Kambja_algkool, lk 64
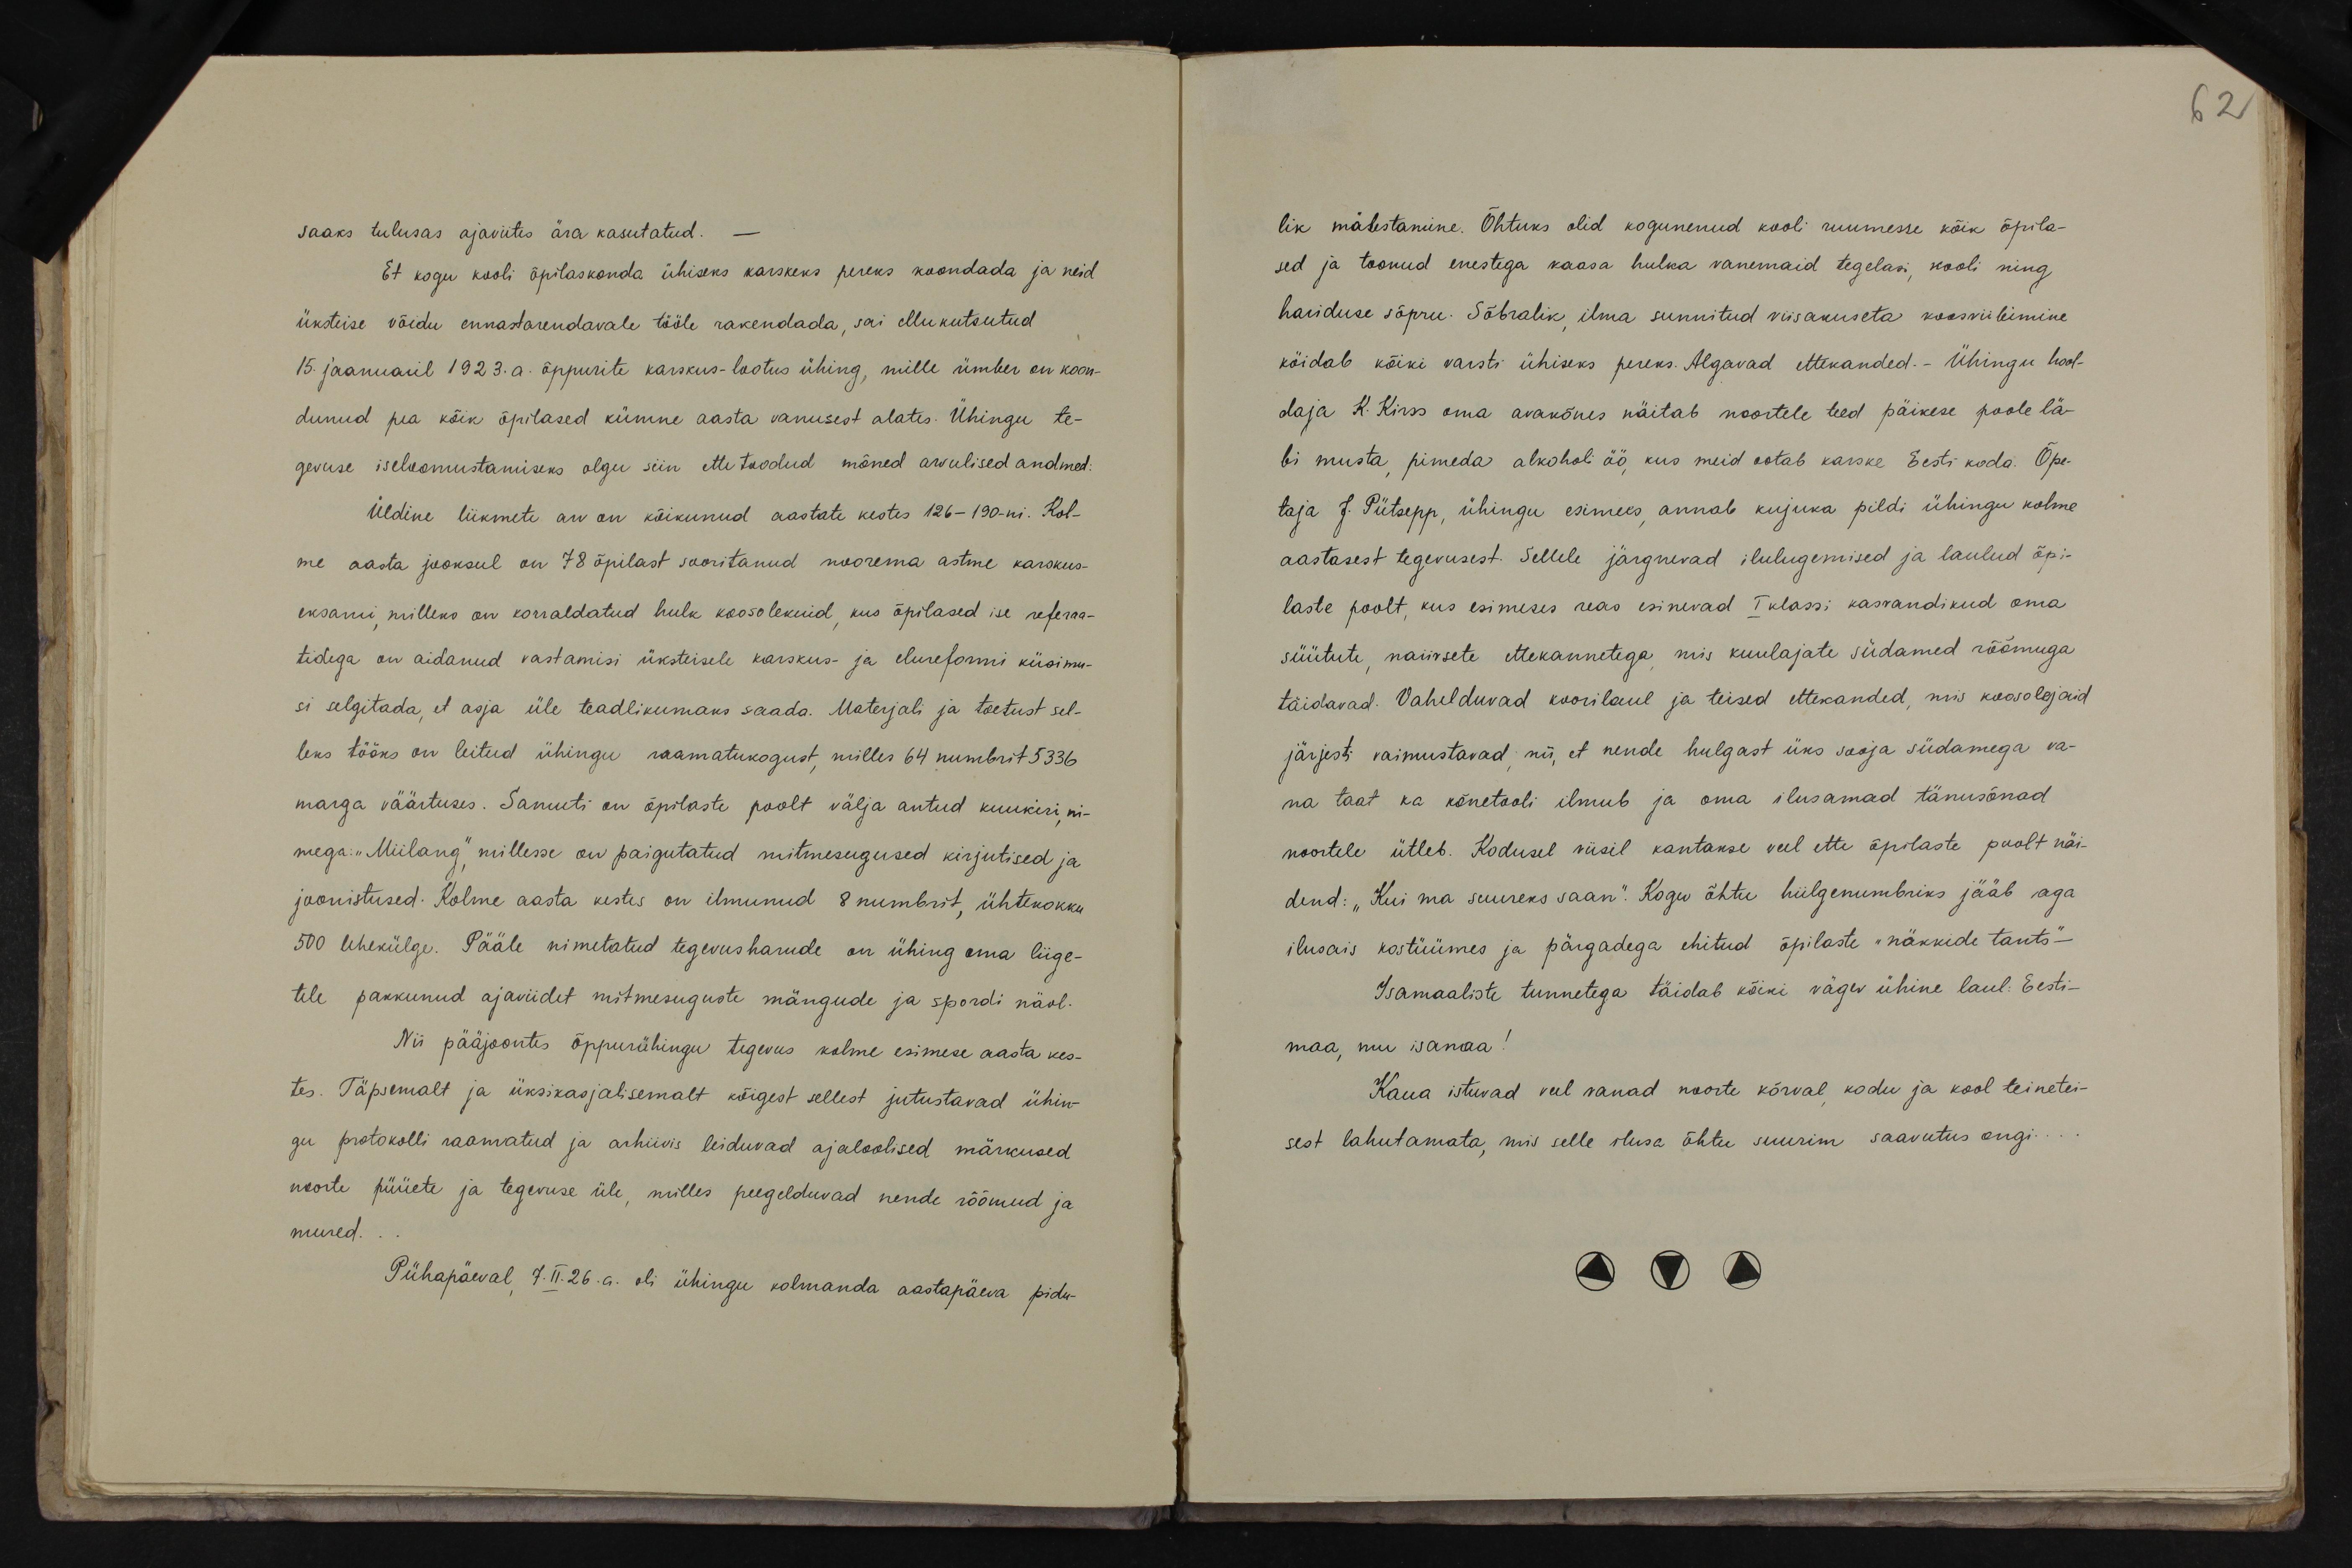
62

saaks tulusas ajaviites ära kasutatud. -
Et kogu kooli õpilaskonda ühiseks karskeks pereks koondada ja neid
üksteise võidu ennastarendavale tööle rakendada, sai ellukutsutud
15. jaanuaril 1923. a. õppurite karskus-lootus ühing, mille ümber on koon-
dunud pea kõik õpilased kümne aasta vanusest alates. Ühingu te-
gevuse iseloomustamiseks olgu siin ettetoodud mõned arvulised andmed:
Üldine liikmete arv on kõikunud aastate kestes 126-190-ni. Kol-
me aasta jooksul on 78 õpilast sooritanud noorema astme karskus-
eksami, milleks on korraldatud hulk koosolekuid, kus õpilased ise referaa-
tidega on aidanud vastamisi üksteisele karskus- ja elureformi küsimu-
si selgitada, et asja üle teadlikumaks saada. Materjali ja toetust sel-
leks tööks on leitud ühingu raamatukogust milles 64 numbrit.5336.
marga väärtuses. Samuti on õpilaste poolt välja antud kuukiri, ni-
mega: "Miilang" millesse on paigutatud mitmesugused kirjutised ja
joonistused. Kolme aasta kestes on ilmunud 8 numbrit, ühtekokku
500 Ühekülge. Pääle nimetatud tegevusharude on ühing oma liige-
tele pakkunud ajaviidet mitmesuguste mängude ja spordi näol.
Nii pääjoontes õppurühingu tegevus kolme esimese aasta kes-
tes. Täpsemalt ja üksikasjalisemalt kõigest sellest jutustavad ühin-
gu protokolli raamatud ja arhiivis leiduvad ajaloolised märkused
noorte püüete ja tegevuse üle, milles peegelduvad nende rõõmud ja
mured.
Pühapäeval 7.II.26.a. oli ühingu kolmanda aastapäeva pidu-

lik mälestamine. Õhtuks olid kogunenud kooli ruumesse kõik õpila-
sed ja toonud enestega kaasa hulka vanemaid tegelasi, kooli ning
hariduse sõpru. Sõbralik ilma sunnitud viisakuseta koosviibimine
köidab kõiki varsti ühiseks pereks. Algavad ettekanded. Ühingu hool-
daja K. Kirss oma avakõnes näitab noortele teed päikese poole lä-
bi musta pimeda alkoholi öö, kus meid ootab karske Eesti koda. Õpe-
taja J. Pütsepp, ühingu esimees, annab kujuka pildi ühingu kolme
aastasest tegevusest. Sellele järgnevad ilulugemised ja laulud õpi-
laste poolt, kus esimeses reas esinevad I klassi kasvandikud oma
süütute, naiivsete ettekannetega, mis kuulajate südamed rõõmuga
täidavad. Vahelduvad koorilaul ja teised ettekanded, mis koosolejaid
järjesti vaimustavad nii, et nende hulgast üks sooja südamega va-
na taat ka kõnetooli ilmub ja oma ilusamad tänusõnad
noortele ütleb. Kodusel viisil kantakse veel ette õpilaste poolt näi-
dend: "Kui ma suureks saan". Kogu õhtu hiilgenumbriks jääb aga
ilusais kostüümes ja pärgadega ehitud õpilaste "näkkide tants"
Isamaaliste tunnetega täidab kõiki vägev ühine laul. Eesti-
maa, mu isamaa!
Kaua istuvad veel vanad noorte kõrval kodu ja kool teinetei-
sest lahutamata, mis selle ilusa õhtu suurim saavutus ongi.